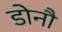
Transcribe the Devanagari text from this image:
डोनौ